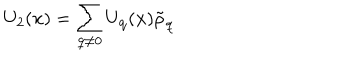
U _ { 2 } ( { \bf { x } } ) = \sum _ { { \bf { q } } \neq 0 } U _ { { \bf { q } } } ( { \bf { x } } ) { \tilde { \rho } } _ { { \bf { q } } }